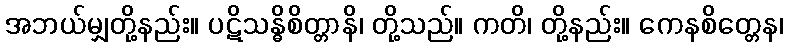
အဘယ်မျှတို့နည်း။ ပဋိသန္ဓိစိတ္တာနိ၊ တို့သည်။ ကတိ၊ တို့နည်း။ ကေနစိတ္တေန၊